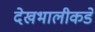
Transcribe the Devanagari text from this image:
देखभालीकडे